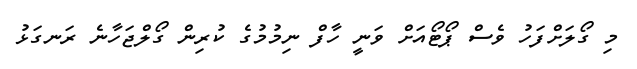
މި ގޯލަށްފަހު ވެސް ޕޯޓޯއަށް ވަނީ ހާފް ނިމުމުގެ ކުރިން ގޯލްޖަހާނެ ރަނގަޅު